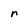
Character: r